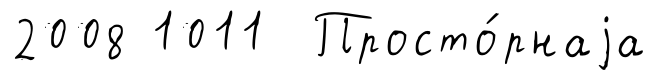
2008 1011 Просто́рнаjа